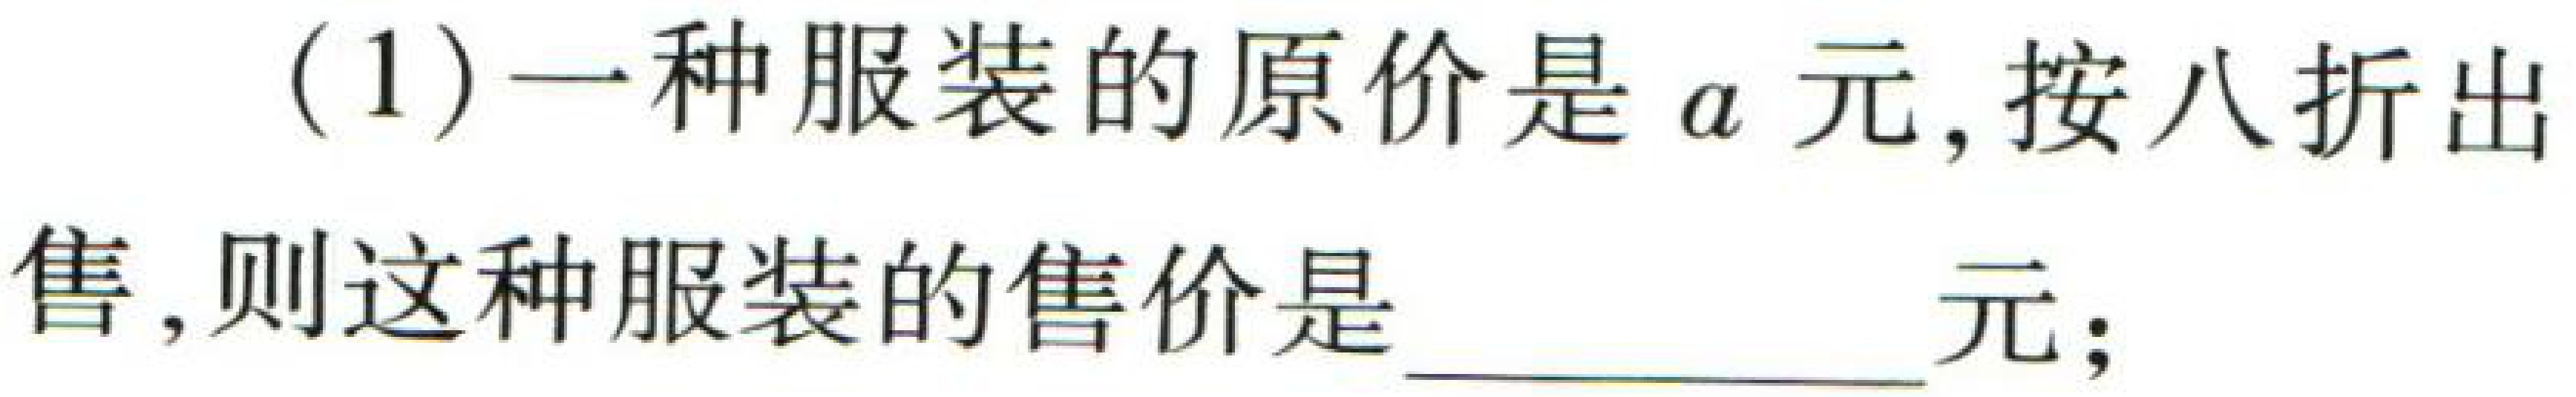
(1)一种服装的原价是\(a\)元, 按八折出售, 则这种服装的售价是  \(\underline{\quad\quad}\)元;